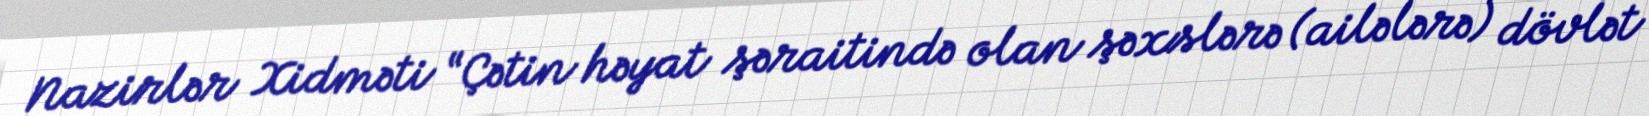
Nazirlər Xidməti “Çətin həyat şəraitində olan şəxslərə (ailələrə) dövlət